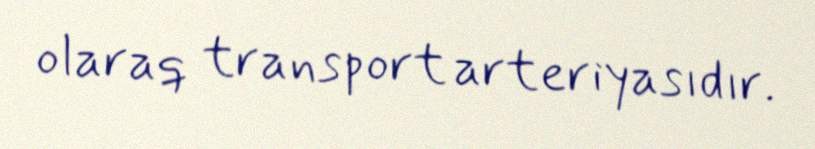
olaraq transport arteriyasıdır.